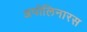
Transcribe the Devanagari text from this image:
अपोलिनारस